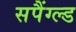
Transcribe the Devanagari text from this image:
सपैंग्ल्ड